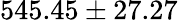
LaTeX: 545.45\pm 27.27